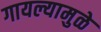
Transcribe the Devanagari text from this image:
गायल्यामुळे